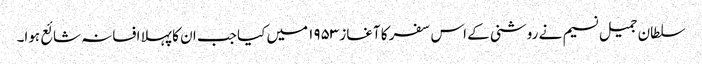
سلطان جمیل نسیم نے روشنی کے اس سفر کا آغاز ۱۹۵۳ میں کیا جب ان کا پہلا افسانہ شائع ہوا۔